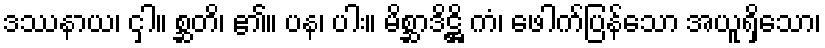
ဒဿနာယ၊ ငှါ။ စ္ဆတိ၊ ၏။ ပန၊ ပါး။ မိစ္ဆာဒိဋ္ဌိ ကံ၊ ဖေါက်ပြန်သော အယူရှိသော၊